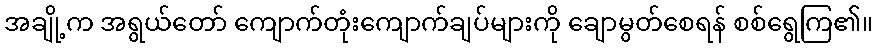
အချို့က အရွယ်တော် ကျောက်တုံးကျောက်ချပ်များကို ချောမွတ်စေရန် စစ်ရွေကြ၏။